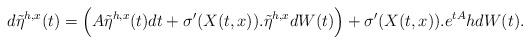
LaTeX: \begin{align*}d\tilde{\eta}^{h,x}(t)=\Bigl(A\tilde{\eta}^{h,x}(t)dt+\sigma'(X(t,x)).\tilde{\eta}^{h,x}dW(t)\Bigr)+\sigma'(X(t,x)).e^{tA}h dW(t).\end{align*}